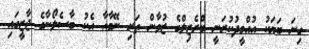
ގިނަ ބަޔަކު އުއްމީދުކުރަނީ ބްރެޒިލްގެ ޒުވާން ތަރި ނޭމާއާ އެކު ބާސެލޯނާގެ ޖާޒީގައި